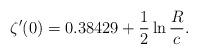
LaTeX: \begin{align*}\zeta' (0)= 0.38429+\frac{1}{2}\ln\frac{R}{c}. \end{align*}